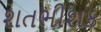
શતભીશક